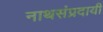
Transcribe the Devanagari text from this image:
नाथसंप्रदायी